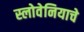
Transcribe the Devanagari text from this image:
स्लोवेनियाचे